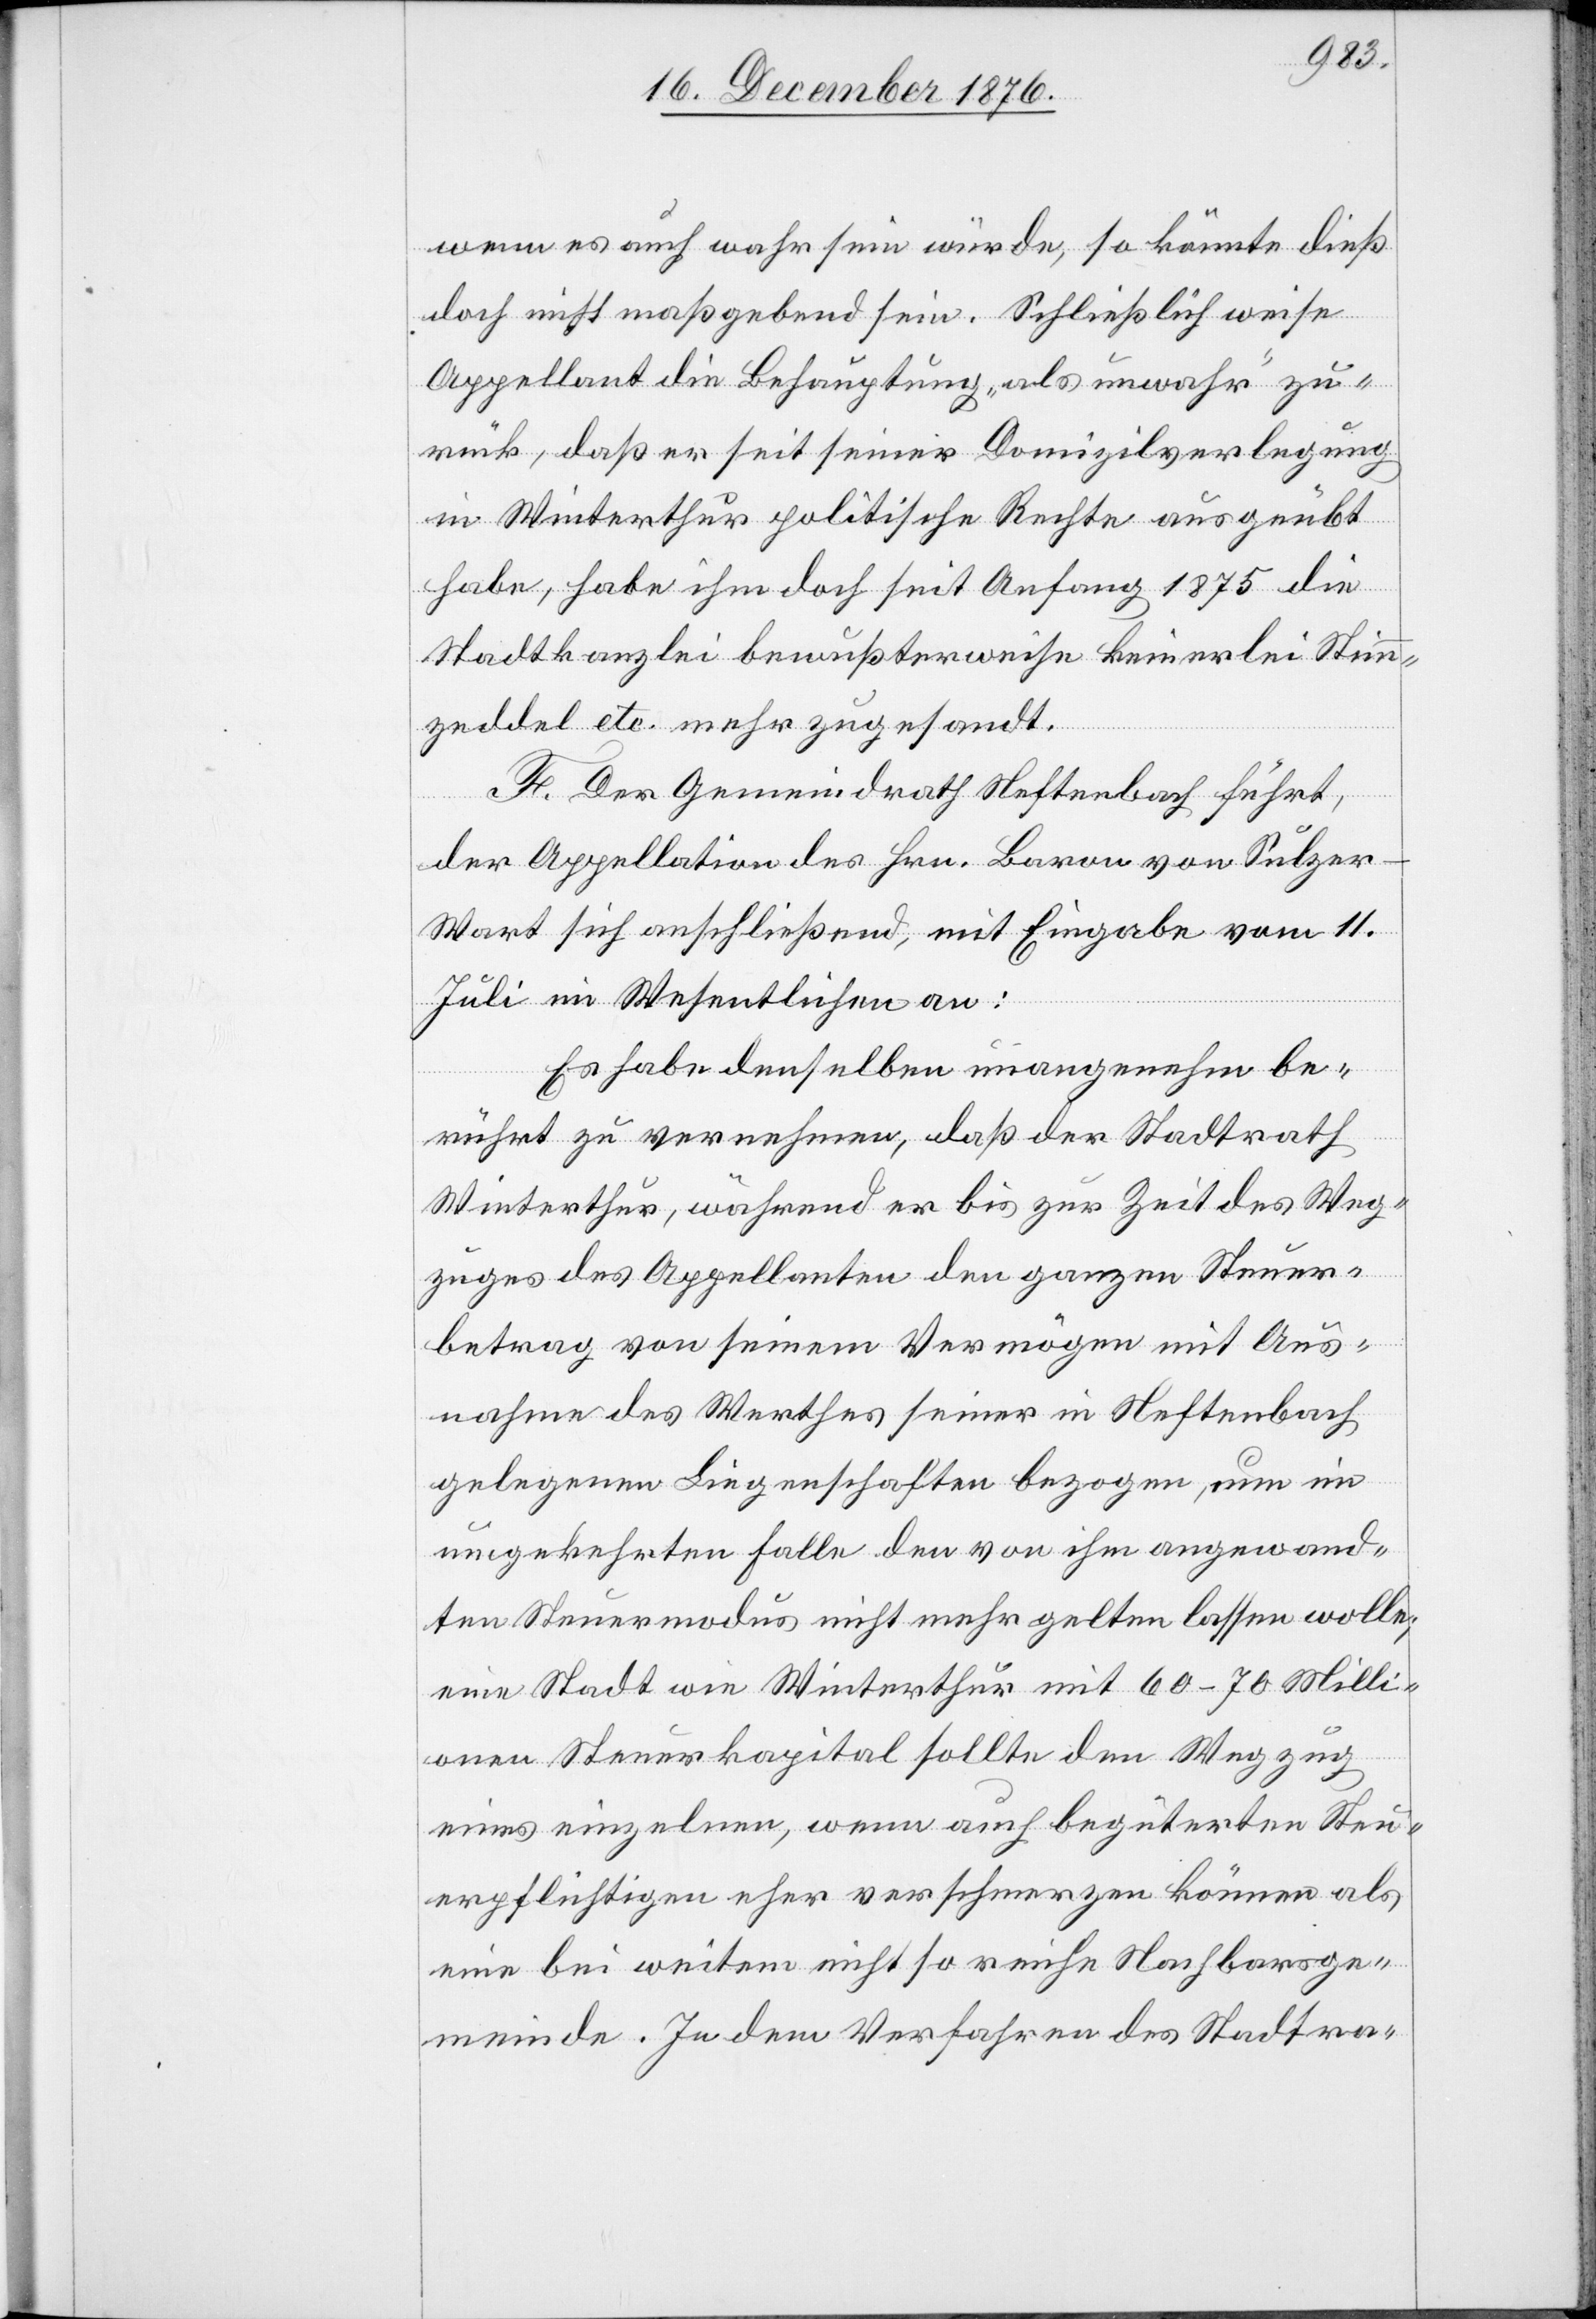
wenn es auch wahr sein würde, so könnte dieß
doch nicht maßgebend sein. Schließlich weise
Appellant die Behauptung „als unwahr“ zu¬
rück, daß er seit seiner Domizilverlegung
in Winterthur politische Rechte ausgeübt
habe, habe ihm doch seit Anfang 1875 die
Stadtkanzlei bewußterweise keinerlei Stimm¬
zeddel etc. mehr zugesandt.
F. Der Gemeindrath Neftenbach führt,
der Appellation des Hrn. Baron von Sulzer-W¬
art sich anschließend, mit Eingabe vom 11.
Juli im Wesentlichen an:
Es habe denselben unangenehm be¬
rührt zu vernehmen, daß der Stadtrath
Winterthur, während er bis zur Zeit des Weg¬
zuges des Appellanten den ganzen Steuer¬
betrag von seinem Vermögen mit Aus¬
nahme des Werthes seiner in Neftenbach
gelegenen Liegenschaften bezogen, nun im
umgekehrten Falle den von ihm angewand¬
ten Steuermodus nicht mehr gelten lassen wolle;
eine Stadt wie Winterthur mit 60–70 Milli¬
onen Steuerkapital sollte den Wegzug
eines einzelnen, wenn auch begüterten Steu¬
erpflichtigen eher verschmerzen können als
eine bei weitem nicht so reiche Nachbarsge¬
meinde. In dem Verfahren des Stadtra-